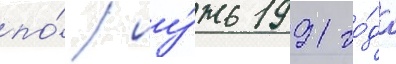
по́ иу́нь 1991 го́да